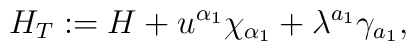
H_{T} := H + u^{\alpha_{1}} \chi_{\alpha_{1}}          + \lambda^{a_{1}} \gamma_{a_{1}},